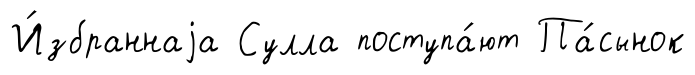
И́збраннаjа Сулла поступа́ют Па́сынок